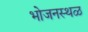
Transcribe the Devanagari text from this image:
भोजनस्थळ